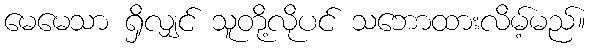
မေမေသာ ရှိလျှင် သူတို့လိုပင် သဘောထားလိမ့်မည်။